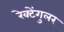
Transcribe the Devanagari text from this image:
रेक्टेंगुलर